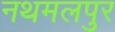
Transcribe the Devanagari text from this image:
नथमलपुर